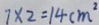
7 \times 2 = 1 4 c m ^ { 2 }